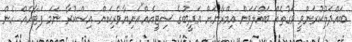
ބައްދަލުކުރަންވީ ވަގުތެއް ބައްލަވަން އިމްރާނަށް އަދީބުގެ ސިޓީއެއް"އަނިޔާވެރިކަން އިސްކުރާ ނަމަ ފަޓާހެއް ހެން